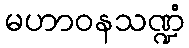
မဟာဝနသဏ္ဍံ